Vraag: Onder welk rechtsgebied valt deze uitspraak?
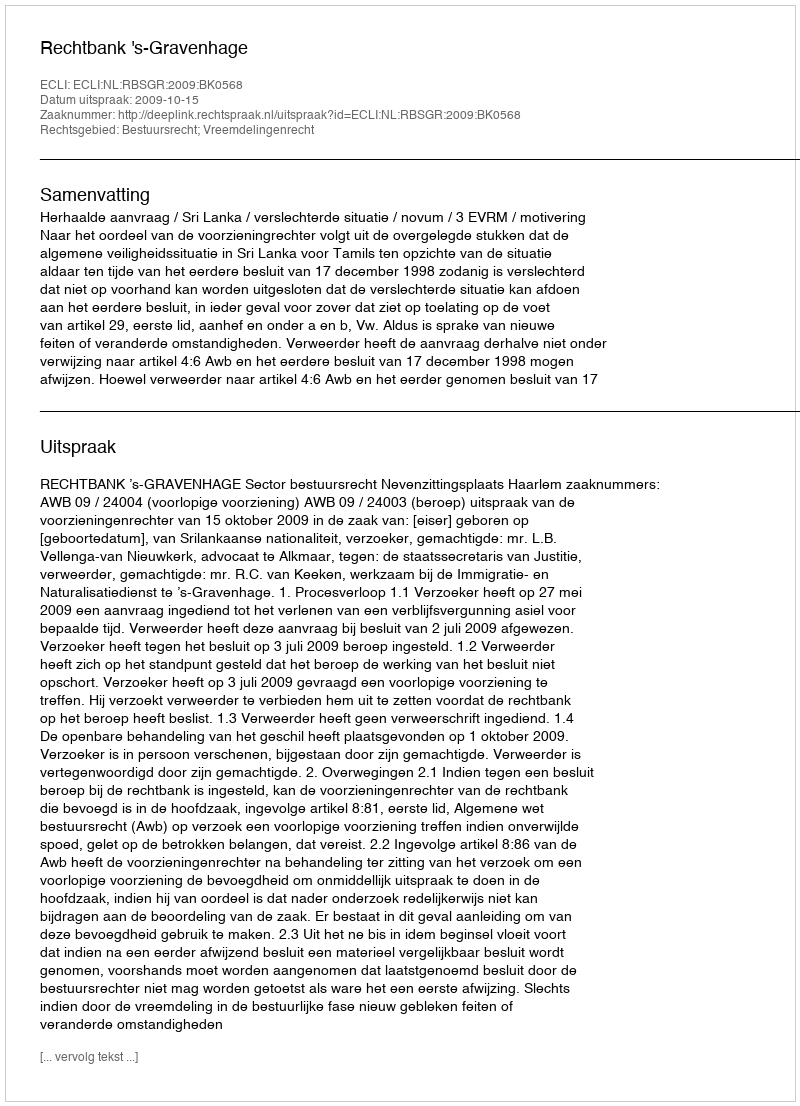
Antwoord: Bestuursrecht; Vreemdelingenrecht